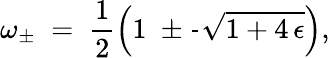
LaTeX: \omega_{\pm}\; =\; \frac{1}{2}\left(1\; \pm\frac{}{}\sqrt{1+4\, \epsilon}\right),